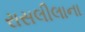
રાસલીલાના